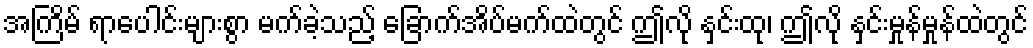
အကြိမ် ရာပေါင်းများစွာ မက်ခဲ့သည့် ခြောက်အိပ်မက်ထဲတွင် ဤလို နှင်းထု၊ ဤလို နှင်းမှုန်မှုန်ထဲတွင်